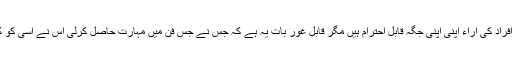
ان تمام افراد کی آراء اپنی اپنی جگہ قابل احترام ہیں مگر قابل غور بات یہ ہے کہ جس نے جس فن میں مہارت حاصل کرلی اس نے اسی کو کُل جانا۔